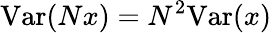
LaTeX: \mathrm{Var}(Nx)=N^{2}\mathrm{Var}(x)